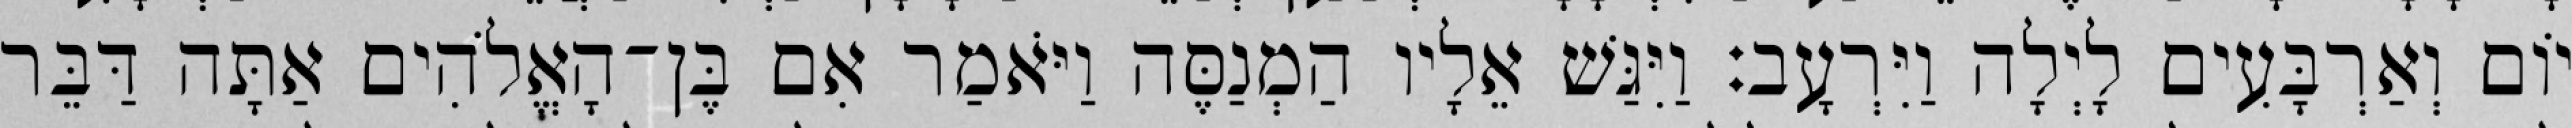
יוֹם וְאַרְבָּעִים לָיְלָה וַיִּרְעָב׃ וַיִּגַּשׁ אֵלָיו הַמְנַסֶּה וַיֹּאמַר אִם בֶּן־הָאֱלֹהִים אַתָּה דַּבֵּר